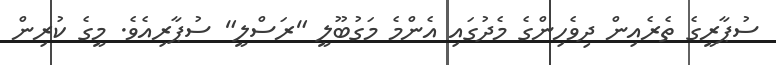
ސުޕާރީގެ ތެރެއިން ދިވެހިންގެ މެދުގައި އެންމެ މަގުބޫލީ "ރަސްލީ" ސުޕާރިއެވެ. މީގެ ކުރިން